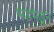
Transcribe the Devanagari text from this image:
भडभडून